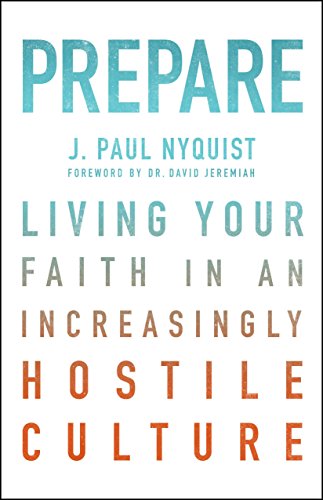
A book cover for Prepare: Living Your Faith in an Increasingly Hostile Culture; J. Paul Nyquist; Christian Books & Bibles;